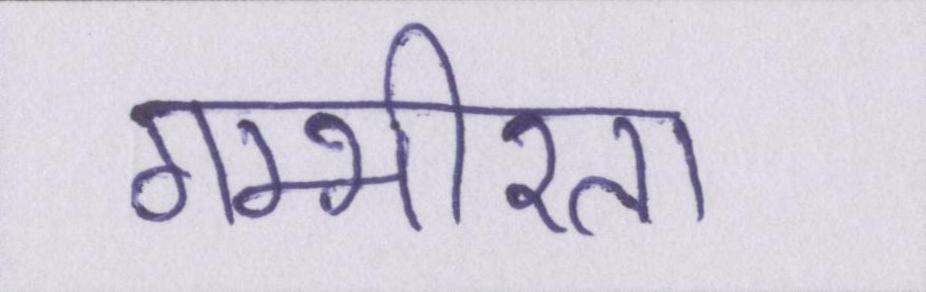
गम्भीरता